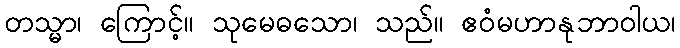
တသ္မာ၊ ကြောင့်။ သုမေဓသော၊ သည်။ ဧဝံမဟာနုဘာဝါယ၊